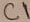
Text: C1